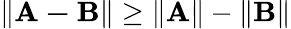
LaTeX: \| \mathbf{A-B}\| \geq\| \mathbf{A}\| -\| \mathbf{B}\|